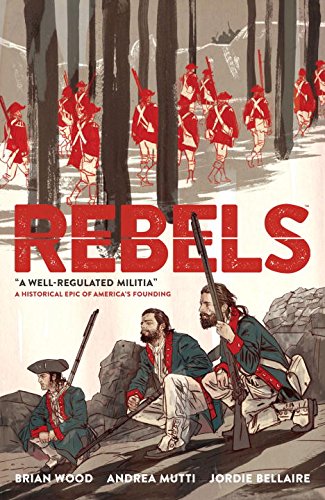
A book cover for Rebels: A Well-Regulated Militia; Brian Wood; Comics & Graphic Novels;